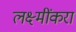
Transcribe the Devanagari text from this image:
लक्ष्मींकरा